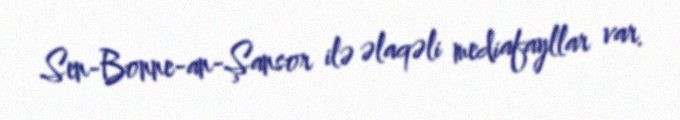
Sen-Bonne-an-Şansor ilə əlaqəli mediafayllar var.